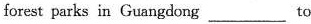
forest parks in Guangdong ___to